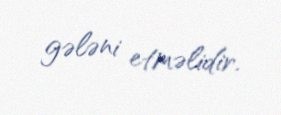
gələni etməlidir.